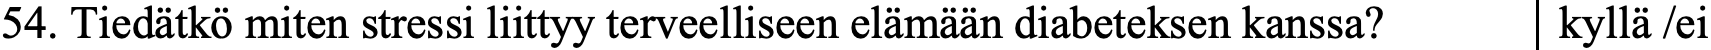
54. Tiedätkö miten stressi liittyy terveelliseen elämään diabeteksen kanssa? kyllä /ei